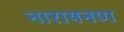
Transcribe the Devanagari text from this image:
नारायनण